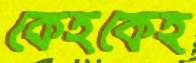
কেহকেহ